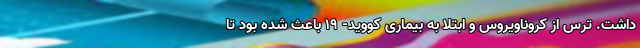
داشت. ترس از کروناویروس و ابتلا به بیماری کووید- ۱۹ باعث شده بود تا